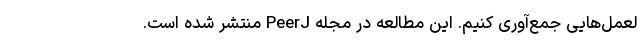
لعمل‌هایی جمع‌آوری کنیم. این مطالعه در مجله PeerJ منتشر شده است.